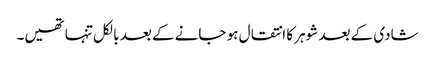
شادی کے بعد شوہر کا انتقال ہو جانے کے بعد بالکل تنہا تھیں۔